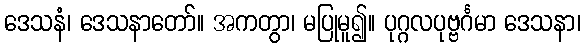
ဒေသနံ၊ ဒေသနာတော်။ အကတွာ၊ မပြုမူ၍။ ပုဂ္ဂလပုဗ္ဗင်္ဂမာ ဒေသနာ၊